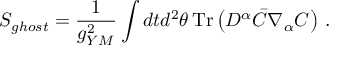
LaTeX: S _ { g h o s t } = { \frac { 1 } { g _ { Y M } ^ { 2 } } } \int d t d ^ { 2 } \theta \, \mathrm { T r } \left( D ^ { \alpha } \bar { C } \nabla _ { \alpha } C \right) \, .